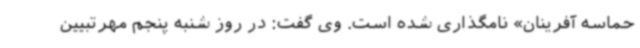
حماسه آفرینان» نامگذاری شده است. وی گفت: در روز شنبه پنجم مهرتبیین